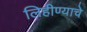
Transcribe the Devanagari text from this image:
लिहीण्याचे